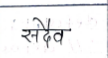
मजकूर: सदैव